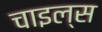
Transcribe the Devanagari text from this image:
चाइल्स